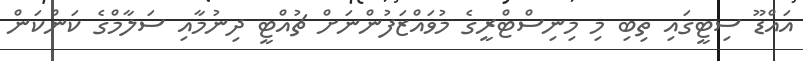
އައްޑޫ ސިޓީގައި ތިބި މި މިނިސްޓްރީގެ މުވައްޒަފުންނަށް ޗުއްޓީ ދިނުމާއި ސަލާމްގެ ކަންކަން